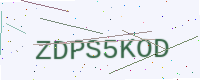
Text: ZDPS5KOD